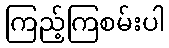
ကြည့်ကြစမ်းပါ